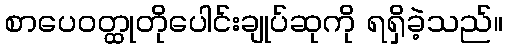
စာပေဝတ္ထုတိုပေါင်းချုပ်ဆုကို ရရှိခဲ့သည်။